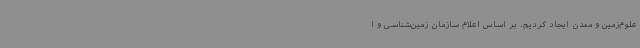
علوم‌زمین و معدن ایجاد کردیم. بر اساس اعلام سازمان زمین‌شناسی و ا